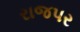
રાજપર